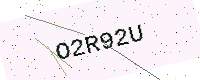
Text: O2R92U